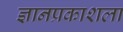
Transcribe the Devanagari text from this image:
ज्ञानप्रकाशला